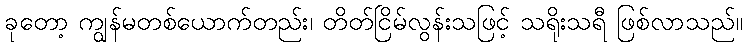
ခုတော့ ကျွန်မတစ်ယောက်တည်း၊ တိတ်ငြိမ်လွန်းသဖြင့် သရိုးသရီ ဖြစ်လာသည်။